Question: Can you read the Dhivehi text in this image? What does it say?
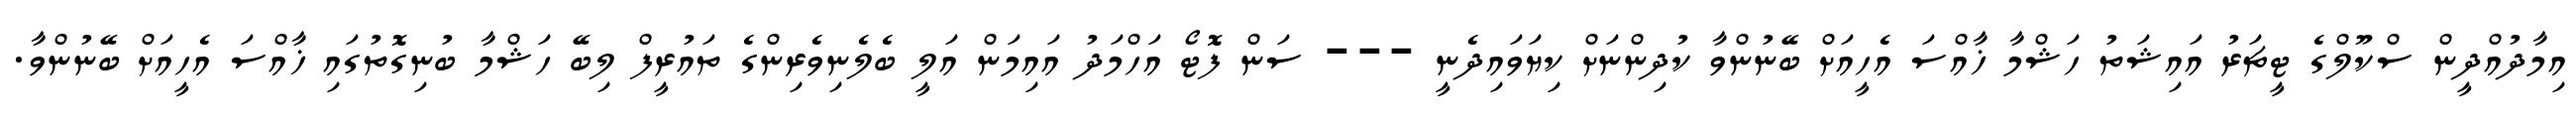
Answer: އިމާދުއްދީން ސްކޫލްގެ ޓީޗަރު އައިޝަތު ހަޝްމާ ޚާއްސަ އެހީއަށް ބޭނުންވާ ކުދިންނަށް ކިޔަވައިދެނީ --- ސަން ފޮޓޯ އަހްމަދު އައިމަން އަލީ ބެލެނިވެރިންގެ ތައުރީފް ލިބޭ ހަޝްމާ ބުނިގޮތުގައި ޚާއްސަ އެހީއަށް ބޭނުންވާ.